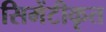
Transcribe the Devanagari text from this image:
सिमेंटीकृत